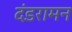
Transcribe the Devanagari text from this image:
दंडरामन